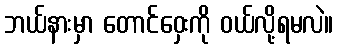
ဘယ်နားမှာ တောင်ဝှေးကို ဝယ်လို့ရမလဲ။